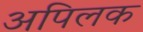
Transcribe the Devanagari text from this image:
अपिलक